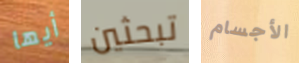
أيها تبحثين الأجسام